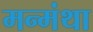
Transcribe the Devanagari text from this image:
मन्मंथा